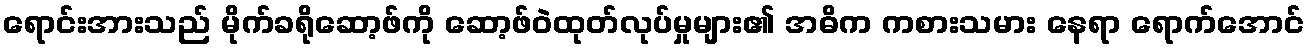
ရောင်းအားသည် မိုက်ခရိုဆော့ဖ်ကို ဆော့ဖ်ဝဲထုတ်လုပ်မှုများ၏ အဓိက ကစားသမား နေရာ ရောက်အောင်